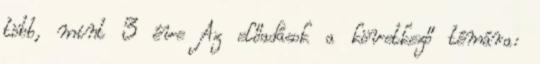
több, mint 3 éve Az előadások a következő témára: